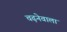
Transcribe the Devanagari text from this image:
चढ़नेवाला